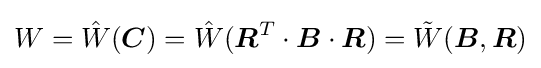
W={\hat {W}}({\boldsymbol {C}})={\hat {W}}({\boldsymbol {R}}^{T}\cdot {\boldsymbol {B}}\cdot {\boldsymbol {R}})={\tilde {W}}({\boldsymbol {B}},{\boldsymbol {R}})